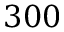
3 0 0